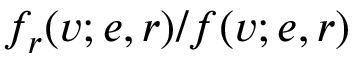
f _ { r } ( v ; e , r ) / f ( v ; e , r )